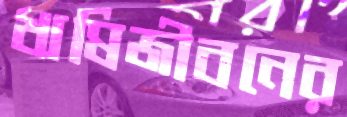
ঋষিজীবনের